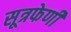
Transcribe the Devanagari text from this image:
सूत्रफेणी